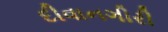
દીવાનગીરી